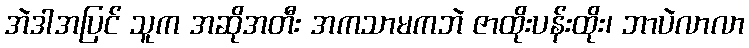
အဲဒါအပြင် သူက အဆိုအတီး အကသာမကဘဲ ဇာထိုးပန်းထိုး၊ ဘာပဲလာလာ